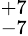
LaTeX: ^{+7}_{-7}